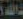
الله